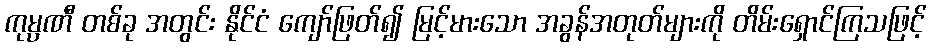
ကုမ္ပဏီ တစ်ခု အတွင်း နိုင်ငံ ကျော်ဖြတ်၍ မြင့်မားသော အခွန်အတုတ်များကို တိမ်းရှောင်ကြသဖြင့်